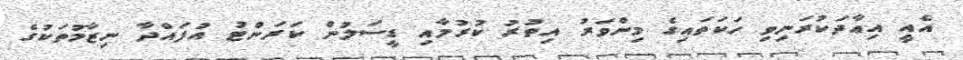
އެއީ އިޢާދަކުރަނިވި ހަކަތައިގެ މިންވަރު އިތުރު ކުރުމާއި ޑީސަލުން ކަރަންޓު އުފައްދާ ނިޒާމުތަކުގެ